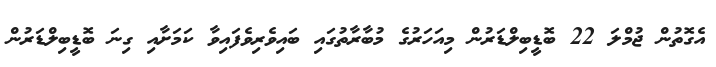
އެގޮތުން ޖުމްލަ 22 ބޮޑީބިލްޑަރުން މިއަހަރުގެ މުބާރާތުގައި ބައިވެރިވެފައިވާ ކަމަށާއި ގިނަ ބޮޑީބިލްޑަރުން